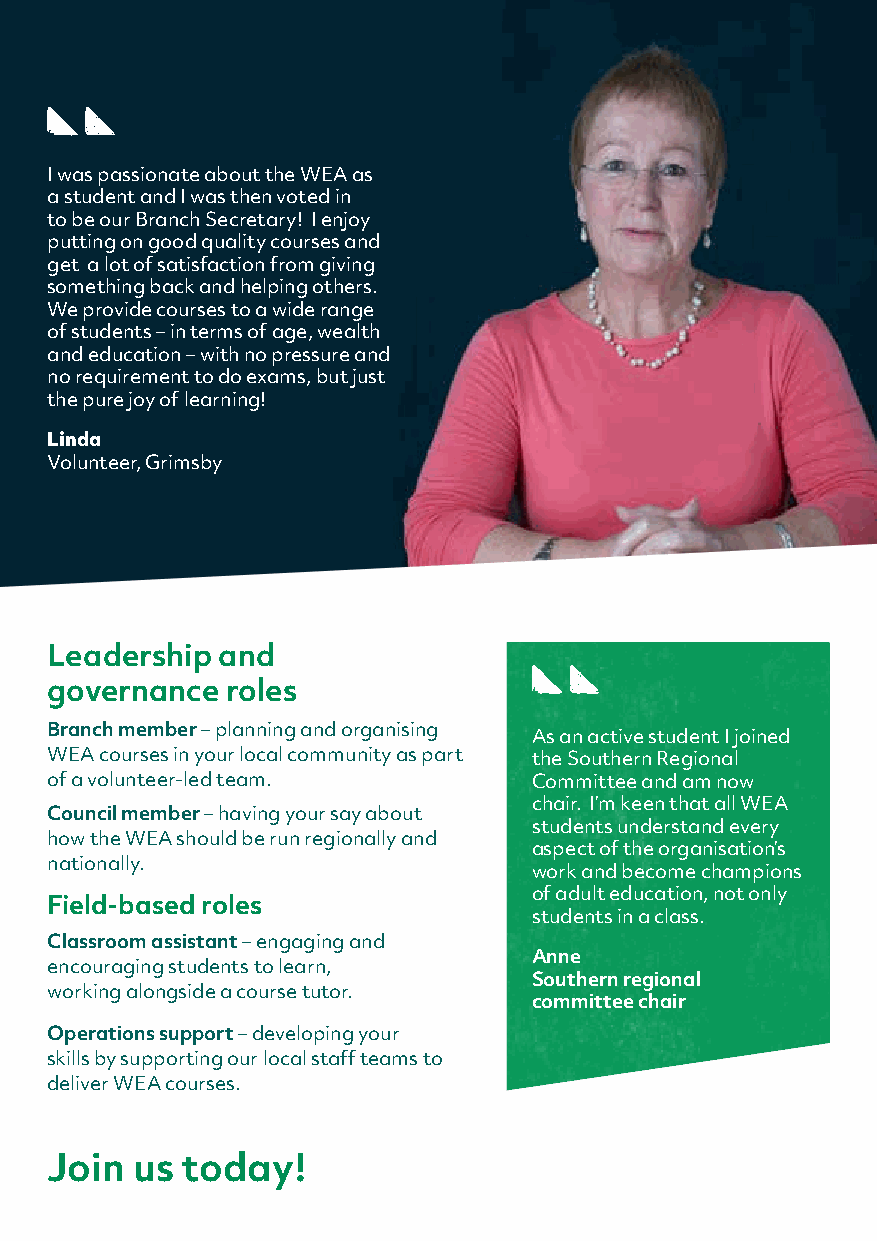
I was passionate about the WEA as
 a student and I was then voted in
 to be our Branch Secretary! I enjoy
 putting on good quality courses and
 get a lot of satisfaction from giving
 something back and helping others.
 We provide courses to a wide range
 of students – in terms of age, wealth
 and education – with no pressure and
 no requirement to do exams, but just
 the pure joy of learning!
 Linda
 Volunteer, Grimsby
 Leadership and
 governance  roles
 Branch member – planning and organising
 As an active student I joined
 WEA courses in your local community as part the Southern Regional
 of a volunteer-led team.        Committee and am now
 chair. I’m keen that all WEA
 Council member – having your say about
 students understand every
 how the WEA should be run regionally and
 aspect of the organisation’s
 nationally.
 work and become champions
 of adult education, not only
 Field-based roles
 students in a class.
 Classroom assistant – engaging and
 Anne
 encouraging students to learn,
 Southern regional
 working alongside a course tutor.
 committee chair
 Operations support – developing your
 skills by supporting our local staff teams to
 deliver WEA courses.
 Join  us today!